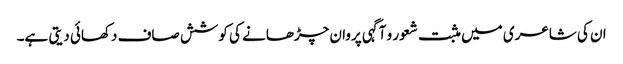
ان کی شاعری میں مثبت شعور و آگہی پروان چڑھانے کی کوشش صاف دکھائی دیتی ہے۔